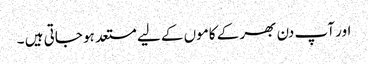
اور آپ دن بھر کے کاموں کے لیے مستعد ہو جاتی ہیں ۔